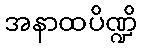
အနာထပိဏ္ဍိ